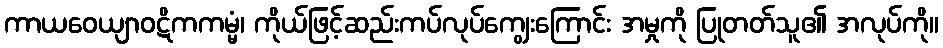
ကာယဝေယျာဝဋိကကမ္မံ၊ ကိုယ်ဖြင့်ဆည်းကပ်လုပ်ကျွေးကြောင်း အမှုကို ပြုတတ်သူ၏ အလုပ်ကို။